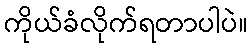
ကိုယ်ခံလိုက်ရတာပါပဲ။